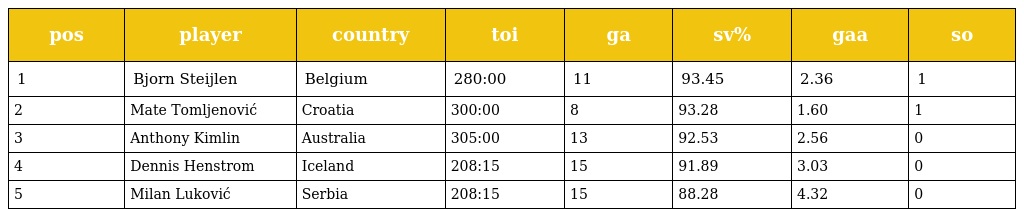
| pos | player | country | toi | ga | sv% | gaa | so |
 | --- | --- | --- | --- | --- | --- | --- | --- |
 | 1 | Bjorn Steijlen | Belgium | 280:00 | 11 | 93.45 | 2.36 | 1 |
 | 2 | Mate Tomljenović | Croatia | 300:00 | 8 | 93.28 | 1.60 | 1 |
 | 3 | Anthony Kimlin | Australia | 305:00 | 13 | 92.53 | 2.56 | 0 |
 | 4 | Dennis Henstrom | Iceland | 208:15 | 15 | 91.89 | 3.03 | 0 |
 | 5 | Milan Luković | Serbia | 208:15 | 15 | 88.28 | 4.32 | 0 |